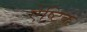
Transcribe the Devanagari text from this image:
ऐष्टिक